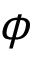
\phi